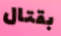
بقتال